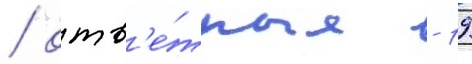
/ отв'е́тные - 19